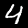
Digit: 4